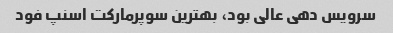
سرویس دهی عالی بود، بهترین سوپرمارکت اسنپ فود